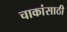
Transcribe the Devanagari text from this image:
चाकांसाठी